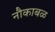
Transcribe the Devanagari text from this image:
नौकाबळ